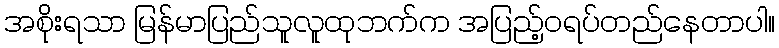
အစိုးရသာ မြန်မာပြည်သူလူထုဘက်က အပြည့်ဝရပ်တည်နေတာပါ။